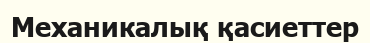
Механикалық қасиеттер